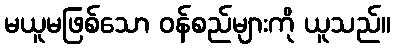
မယူမဖြစ်သော ဝန်စည်များကို ယူသည်။